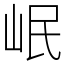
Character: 岷